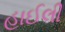
હાઈલી